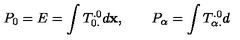
P _ { 0 } = E = \int T _ { 0 . } ^ { . 0 } d { \bf x } , \qquad P _ { \alpha } = \int T _ { \alpha . } ^ { . 0 } d